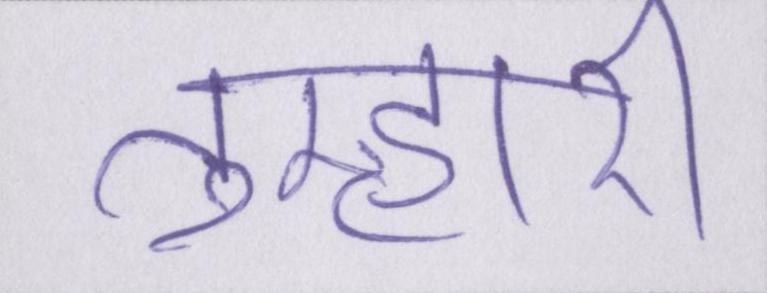
तुम्हारी